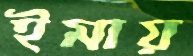
ইমায়